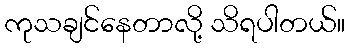
ကုသချင်နေတာလို့ သိရပါတယ်။